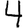
Digit: 4